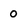
Character: 0